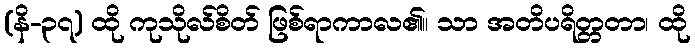
(နိ-၃၇) ထို ကုသိုလ်စိတ် ဖြစ်ရာကာလ၏။ သာ အတိပရိတ္တတာ၊ ထို